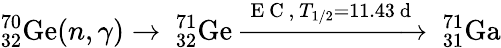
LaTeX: ^{70}_{32}\mathrm{Ge}(n,\gamma)\rightarrow\ _{32}^{71}\mathrm{Ge}\xrightarrow{\mathrm{~E~C~,~}T_{1/2}=11.43\mathrm{~d~}}\ _{31}^{71}\mathrm{Ga}